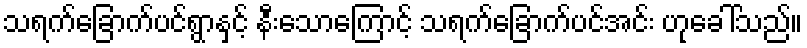
သရက်ခြောက်ပင်ရွာနှင့် နီးသောကြောင့် သရက်ခြောက်ပင်အင်း ဟုခေါ်သည်။